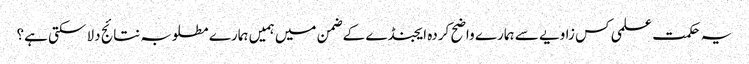
یہ حکمت علمی کس زاویے سے ہمارے واضح کردہ ایجنڈے کے ضمن میں ہمیں ہمارے مطلوبہ نتائج دلا سکتی ہے؟